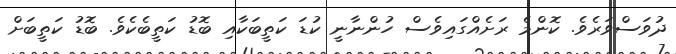
ދުވަސްވަރެވެ. ކޮންމެ ރަށެއްގައިވެސް ހުންނާނީ ކުޑަ ކަތީބަކާއި ބޮޑު ކަތީބެކެވެ. ބޮޑު ކަތީބަށް